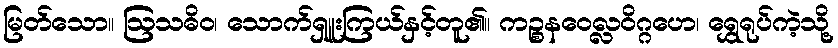
မြတ်သော။ ဩသဓိဝ၊ သောက်ရှူးကြယ်နှင့်တူ၏။ ကဉ္စနဝေလ္လဝိဂ္ဂဟေ၊ ရွှေရုပ်ကဲ့သို့